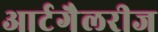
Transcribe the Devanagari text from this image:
आर्टगैलरीज